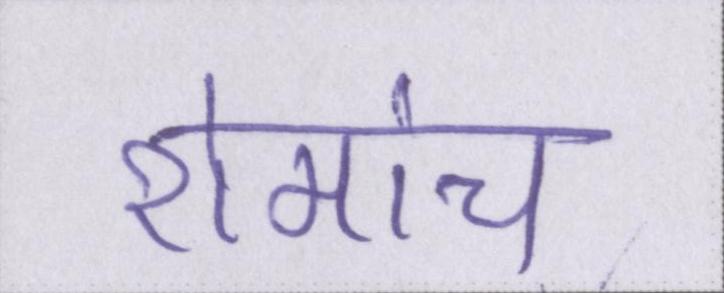
रोमांच